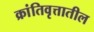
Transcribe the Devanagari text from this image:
क्रांतिवृत्तातील